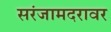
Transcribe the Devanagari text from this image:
सरंजामदरावर